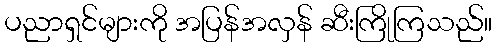
ပညာရှင်များကို အပြန်အလှန် ဆီးကြိုကြသည်။